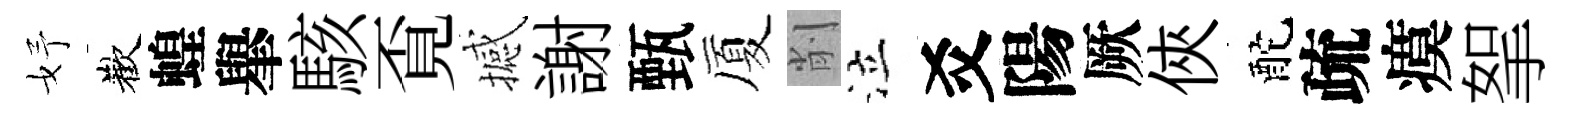
妤歡蝗𦦙駭覔撼謝甄厦削泣爻陽厥俠酡疏瘼挐